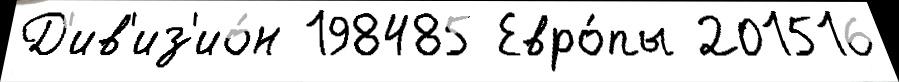
Д'ив'из'ио́н 198485 Евро́пы 201516